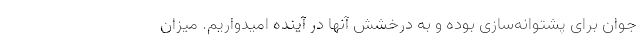
جوان برای پشتوانه‌سازی بوده و به درخشش آنها در آینده امیدواریم. میزان